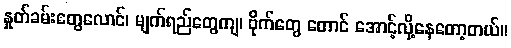
နှုတ်ခမ်းတွေလောင်၊ မျက်ရည်တွေကျ၊ ဗိုက်တွေ တောင် အောင့်လို့နေတော့တယ်။